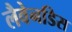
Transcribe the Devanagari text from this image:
लैवेनडिस